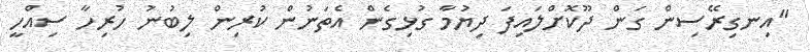
"އިނގިރޭސިން ގަން ދޫކޮށްލައިފަ ދިޔުމާ ގުޅިގެން އެތަނުން ކުރިން ލިބުނު ހުރިހާ ސިއްހީ